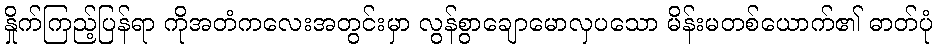
နှိုက်ကြည့်ပြန်ရာ ကိုအတံကလေးအတွင်းမှာ လွန်စွာချောမောလှပသော မိန်းမတစ်ယောက်၏ ဓာတ်ပုံ